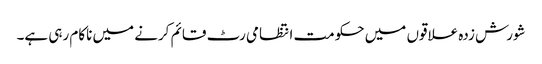
شورش زدہ علاقوں میں حکومت انتظامی رٹ قائم کرنے میں ناکام رہی ہے۔